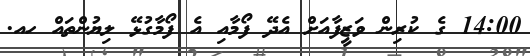
14:00 ގެ ކުރިން ވަޒީފާއަށް އެދޭ ފޯމާއި އެ ފޯމާގުޅޭ ލިޔުންތައް ހއ.